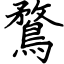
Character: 鶩